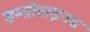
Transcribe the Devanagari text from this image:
इम्प्रोवाइज्ड